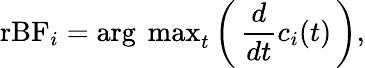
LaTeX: \textup{rBF}_{i}=\textup{arg\, max}_{t}\left(\, \frac{d}{dt}c_{i}(t)\, \right),